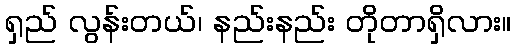
ရှည် လွန်းတယ်၊ နည်းနည်း တိုတာရှိလား။